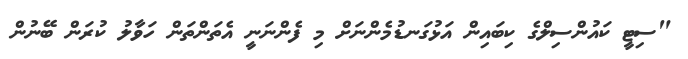
"ސިޓީ ކައުންސިލްގެ ކިބައިން އަޅުގަނޑުމެންނަށް މި ފެންނަނީ އެތަންތަން ހަވާލު ކުރަން ބޭނުން